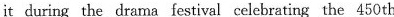
it during the drama festival celebrating the 450th